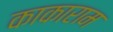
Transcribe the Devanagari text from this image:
काकाराम